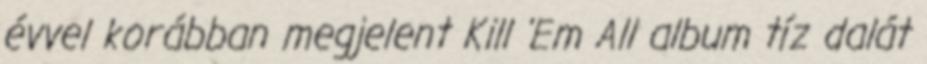
évvel korábban megjelent Kill 'Em All album tíz dalát